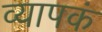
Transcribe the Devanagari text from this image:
व्यापकं